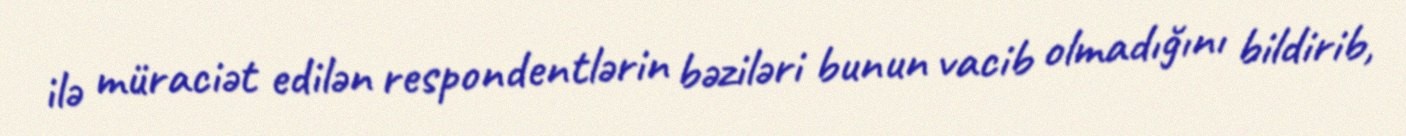
ilə müraciət edilən respondentlərin bəziləri bunun vacib olmadığını bildirib,